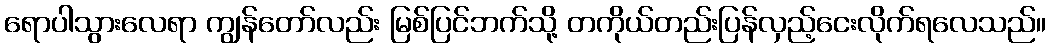
ရောပါသွားလေရာ ကျွန်တော်လည်း မြစ်ပြင်ဘက်သို့ တကိုယ်တည်းပြန်လှည့်ငေးလိုက်ရလေသည်။